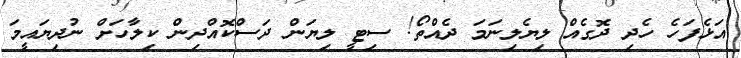
އަޅެފަހެ ހެދި ދޮގެއް ލިޔެލިނަމަ ދެއްތޯ! ސިޓީ ލިޔަން ދަސްކޮއްދިން ކިލާހަށް ނުދިޔައީމަ